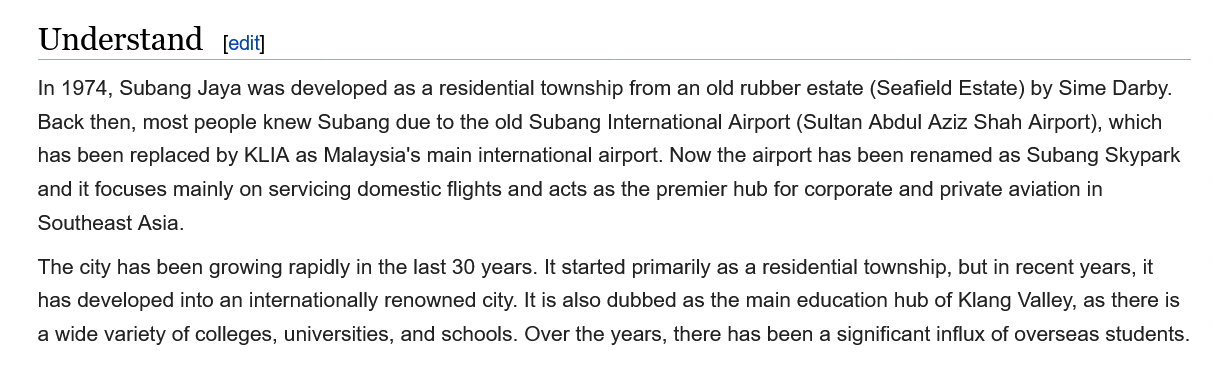
Understand
    In 1974, Subang Jaya was developed as a residential township from an old rubber estate (Seafield Estate) by Sime Darby.
    Back then, most people knew Subang due to the old Subang International Airport (Sultan Abdul Aziz Shah Airport), which
    has been replaced by KLIA as Malaysia's main international airport. Now the airport has been renamed as Subang Skypark
    and it focuses mainly on servicing domestic flights and acts as the premier hub for corporate and private aviation in
    Southeast Asia.
    The city has been growing rapidly in the last 30 years. It started primarily as a residential township, but in recent years, it
    has developed into an internationally renowned city. It is also dubbed as the main education hub of Klang Valley, as there is
    a wide variety of colleges, universities, and schools. Over the years, there has been a significant influx of overseas students.
     edit]